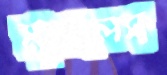
মুখলেস